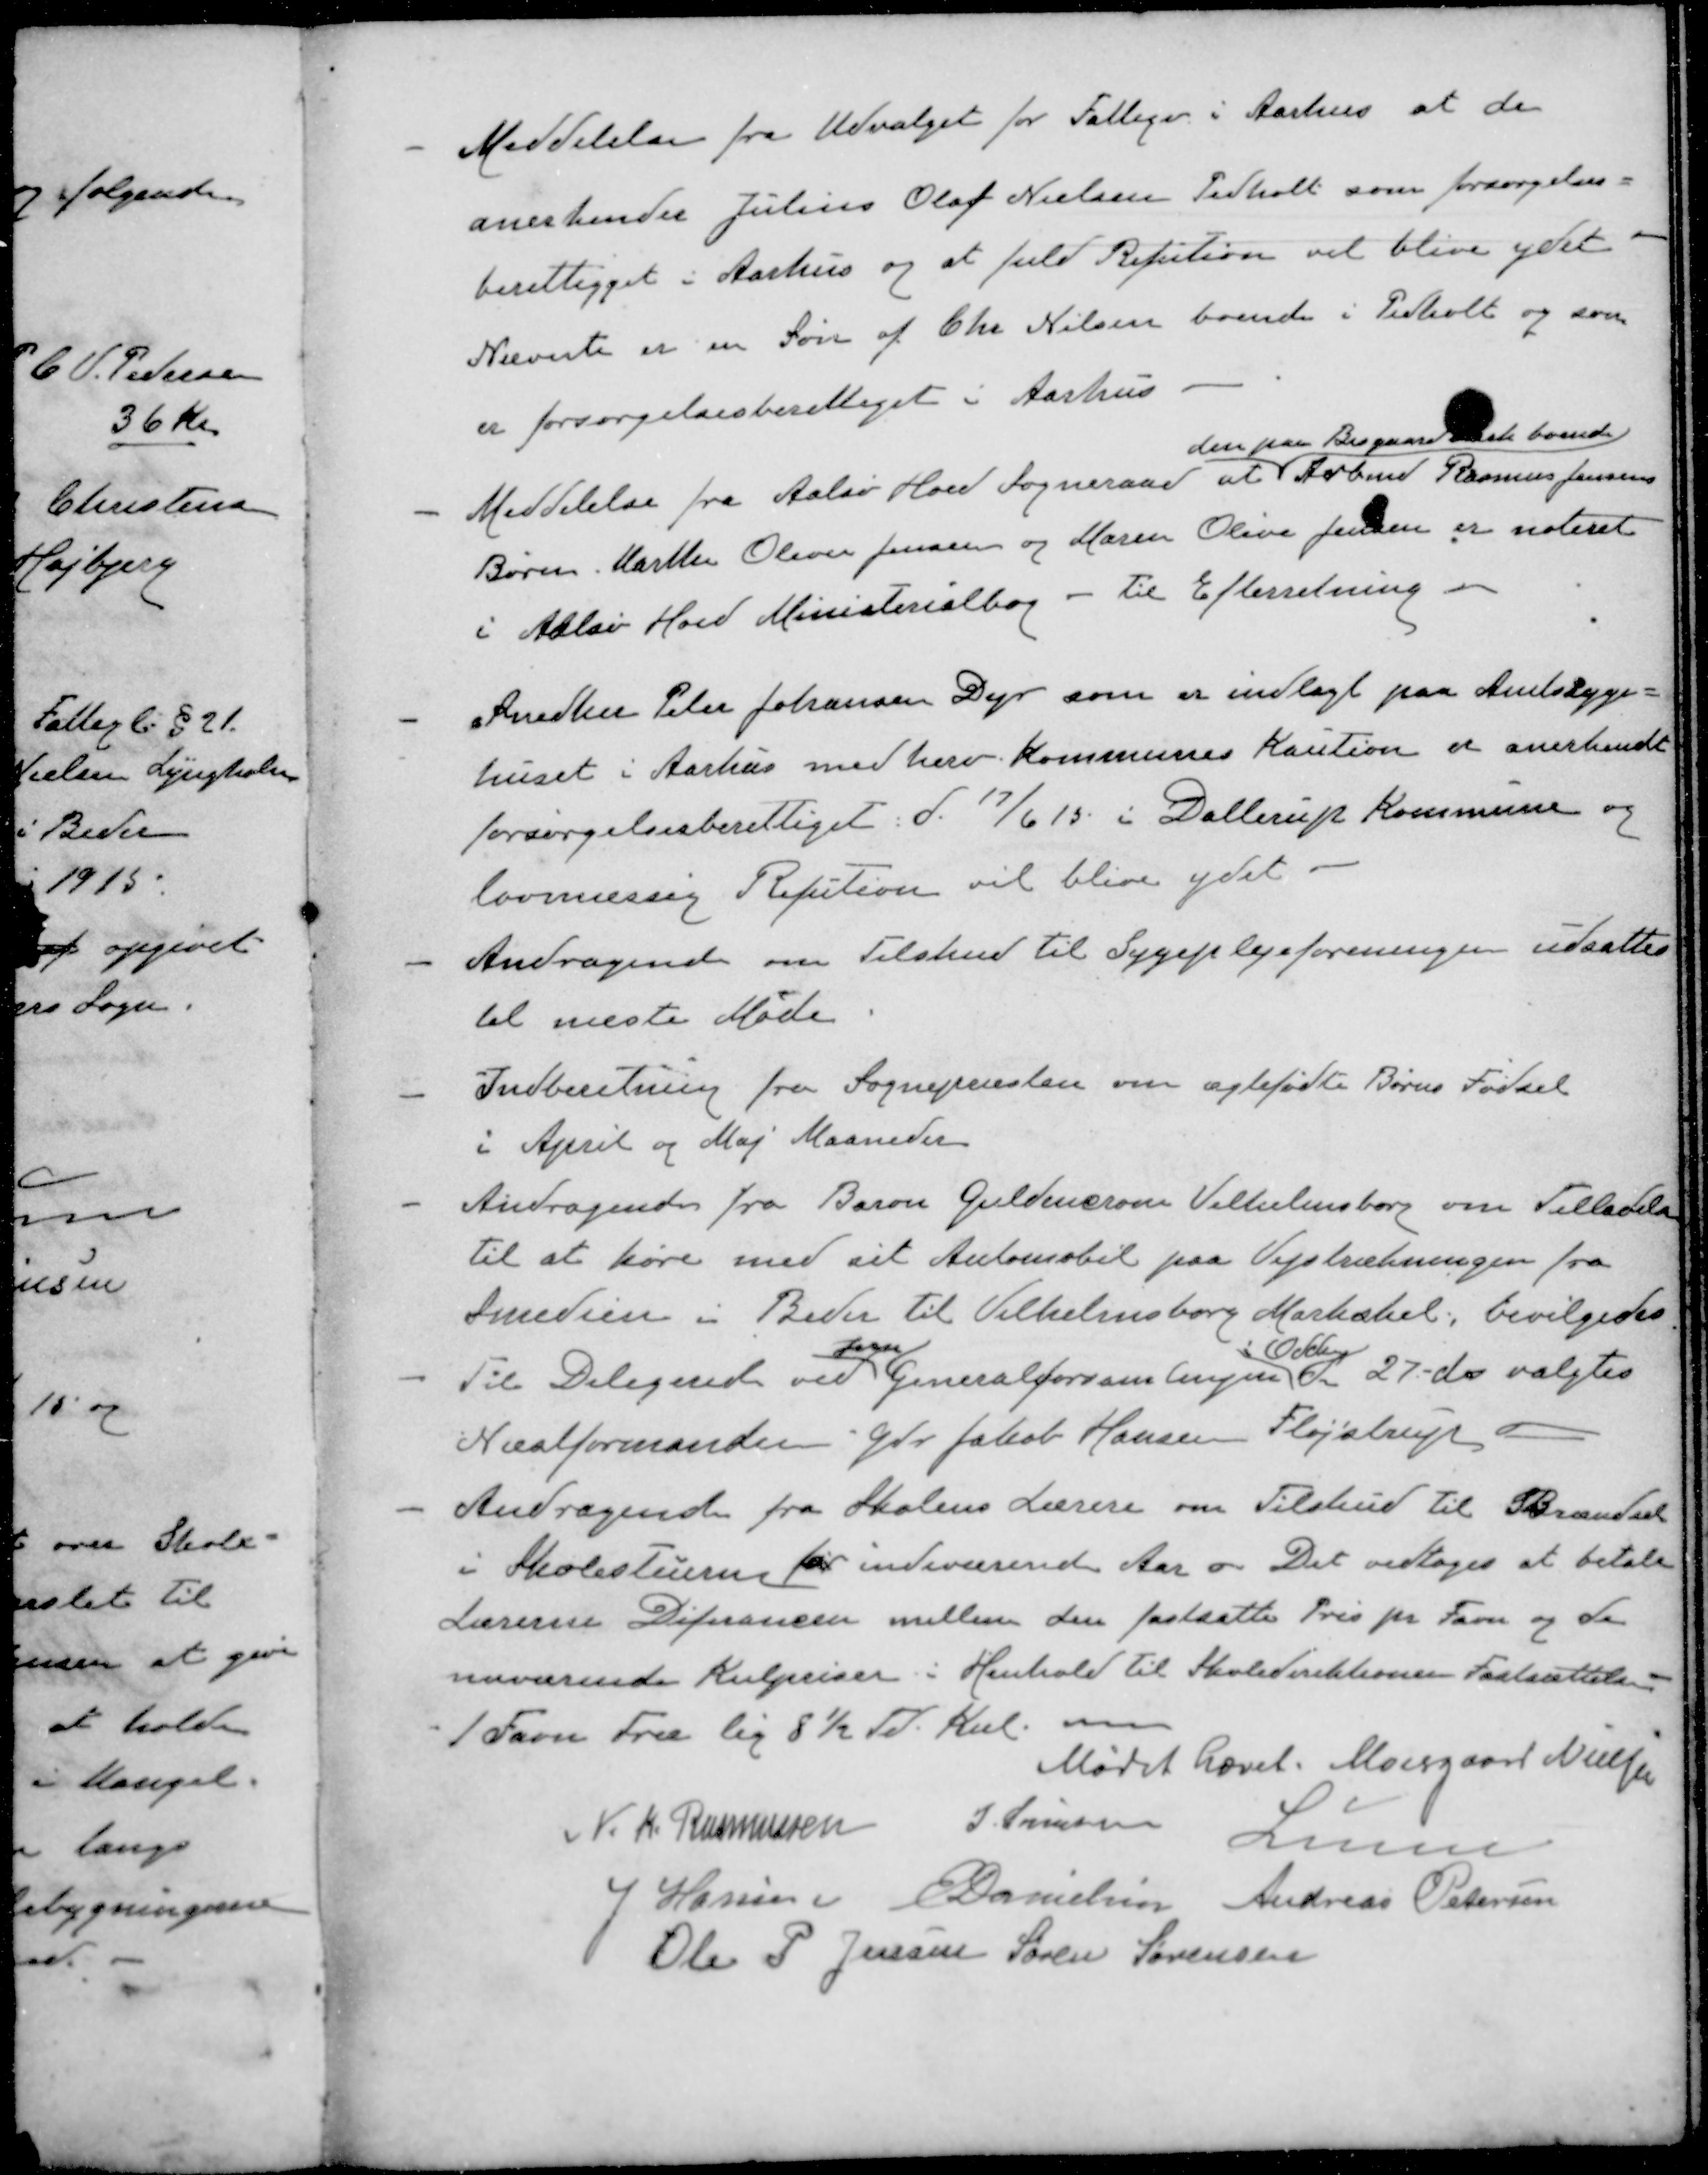
Transskription:
- 
Meddelelse fra Udvalget for Fattigv i Aarhus at de
anerkender Julius Olaf Nielsen Pedholt som forsørgelses-
berettigget i Aarhus og at fuld Refution vil blive ydet
Nævnte er en Søn af Chr Nielsen boende i Pedholt og som
er forsørgelsesberettiget i Aarhus
den paa Bisgaard Mark boende
- 
Meddelelse fra Aalsø Hoed Sogneraad at Arbmd Rasmus Jensens
Børn. Karsten Oliver Jensen og Maren Oline Jensen er noteret
i Aalsø Hoed Ministerialbog - til Efterretning o
-
Snedker Peter Johansen Dyr som er indlagt paa Amtssyge-
huset i Aarhus med herv. Kommunes Kaution er anerkendt
forsørgelsesberettiget. d. 17/6 15 i Dollerup Kommune og
lovmæssig Refution vil blive ydet
- 
Andragende om Tilskud til Sygeplejeforeningen udsattes
til næste Møde
- 
Indberetning fra Sognepræsten om ægtefødte Børns Fødsel
i April og Maj Maaneder

- Andragende fra Baron Guldencrone Vilhelmsborg om Tilladelse
til at køre med sit Automobil paa Vejstrækningen fra
Smedien i Beder til Vilhelmsborg Markskel, bevilgedes

i Odder
- 
Til Delegeret ved Generalforsamlingen d. 27 ds valgtes
Næstformanden Gdr. Jakob Hansen Fløjstrup
- 
Andragende fra Skolens Lærere om Tilskud til Brændsel
i Skolestuerne for indeværende Aar - Det vedtoges at betale
Lærerne Diferancen mellem den fastsætte Pris pr Favn og de
nuværende Kulpriser i Henhold til Skoledirektionen Fastsættelse
1 Favn Træ lig 8 ½ Td. Kul.
Mødet hævet.
Moesgaard Nielsen
N. K. Rasmussen
J Sørensen
Lunn
J Hansen
E Danielsen
Andreas Petersen
Ole P Jensen
Søren Sørensen